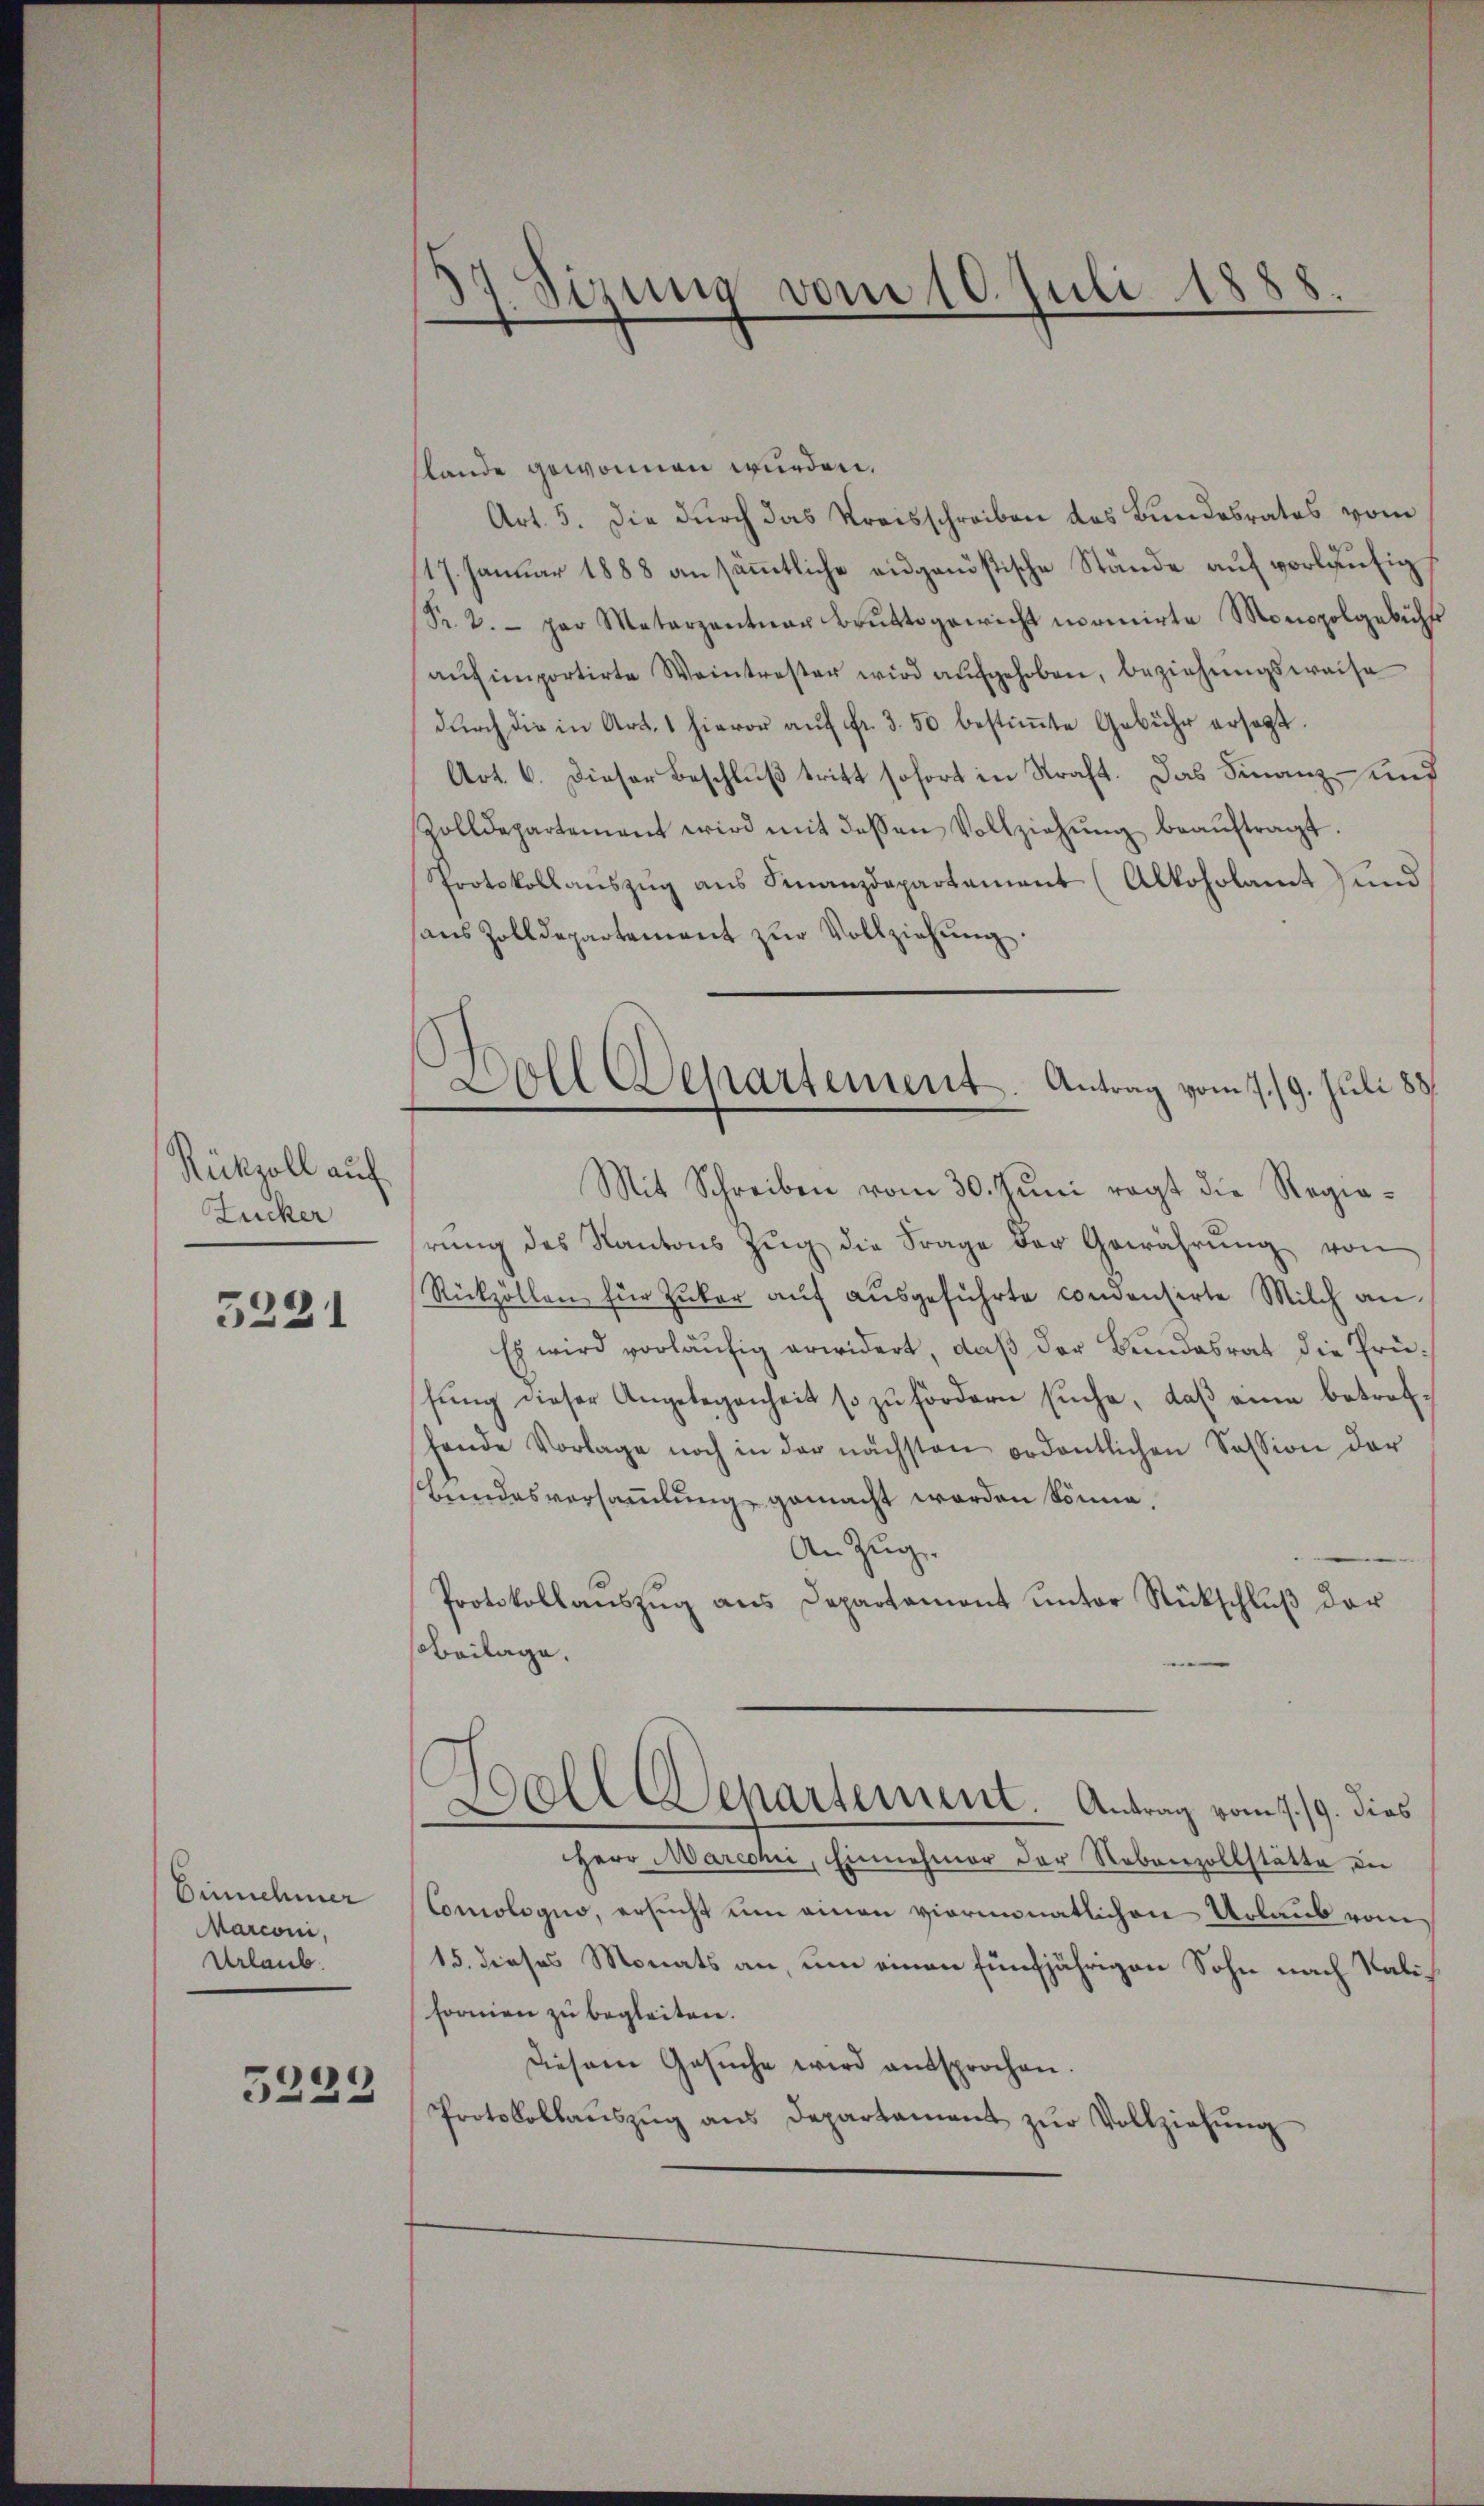
Rükzoll auf
Zucker

5221

Einnehmer
Marconi,
Urlaub.

5223

37. Sizung vom 10. Juli 1888.

Doll Departement. Antrag vom 7. 19. Juli 1831.

slande gewonnen wurden.
Art. 5. die durch das Kreisschreiben des Bundesrates vom
117. Januar 1888 an sämmtliche augenössische Stände auf vorläufig,
Pr. 2. par Materpentar Brŭttogewicht monirte Monopolgebühr
aŭfimportirte Weintrester wird aufgehoben, beziehungsweise
dŭrch die in Art. 1 hievor aŭf fr. 3. 50 bestiṁte Gebühr ersagt.
Art. 6. Dieser Beschluß tritt sofort in Straft. Das Finanz- und
Zolldepartement wird mit dessen Vollziehŭng beaŭftragt.
Protokollauszug aus Finanzdepartement (Alkoholamt und
haus Zolldepartement zur Vollziehung.
Mit Schreiben vom 30. Juni ragt die Regierŭng des Kantons Zŭg die Frage der Gewährŭng von
Rükzöllen für Zuker auf ausgeführte concensirte Milch an
Es wird vorläufig erwidert, daß der Bundesrat die Prüsung dieser Angelegenheit so zu fördern suche, daß eine betrefhande Vorlage noch in der nächsten ordentlichen Session der
Bundesversaṁlŭng gemacht worden könne.
An Zug.
Protokollaŭszŭg ans Departament unter Rückschlŭβ der
Beilage.
Hall Departement. Antrag vom 7./9. dies
Herr Marcchi, Einnehmer der Nebenzollstätte, der
Comologuo, ersucht um einen viermonatlichen Urlaub vom
15. dieses Monats an, um einen fünfjährigen Sohn nach Salicformen zu begleiten.
Diesem Gesŭche wird entsprochen.
Protokollaŭszŭg ans Departament zŭr Vollziehŭng